65_HS1-834228961_62-HQ-83894_Section_5
Agency: FBI
Page 74
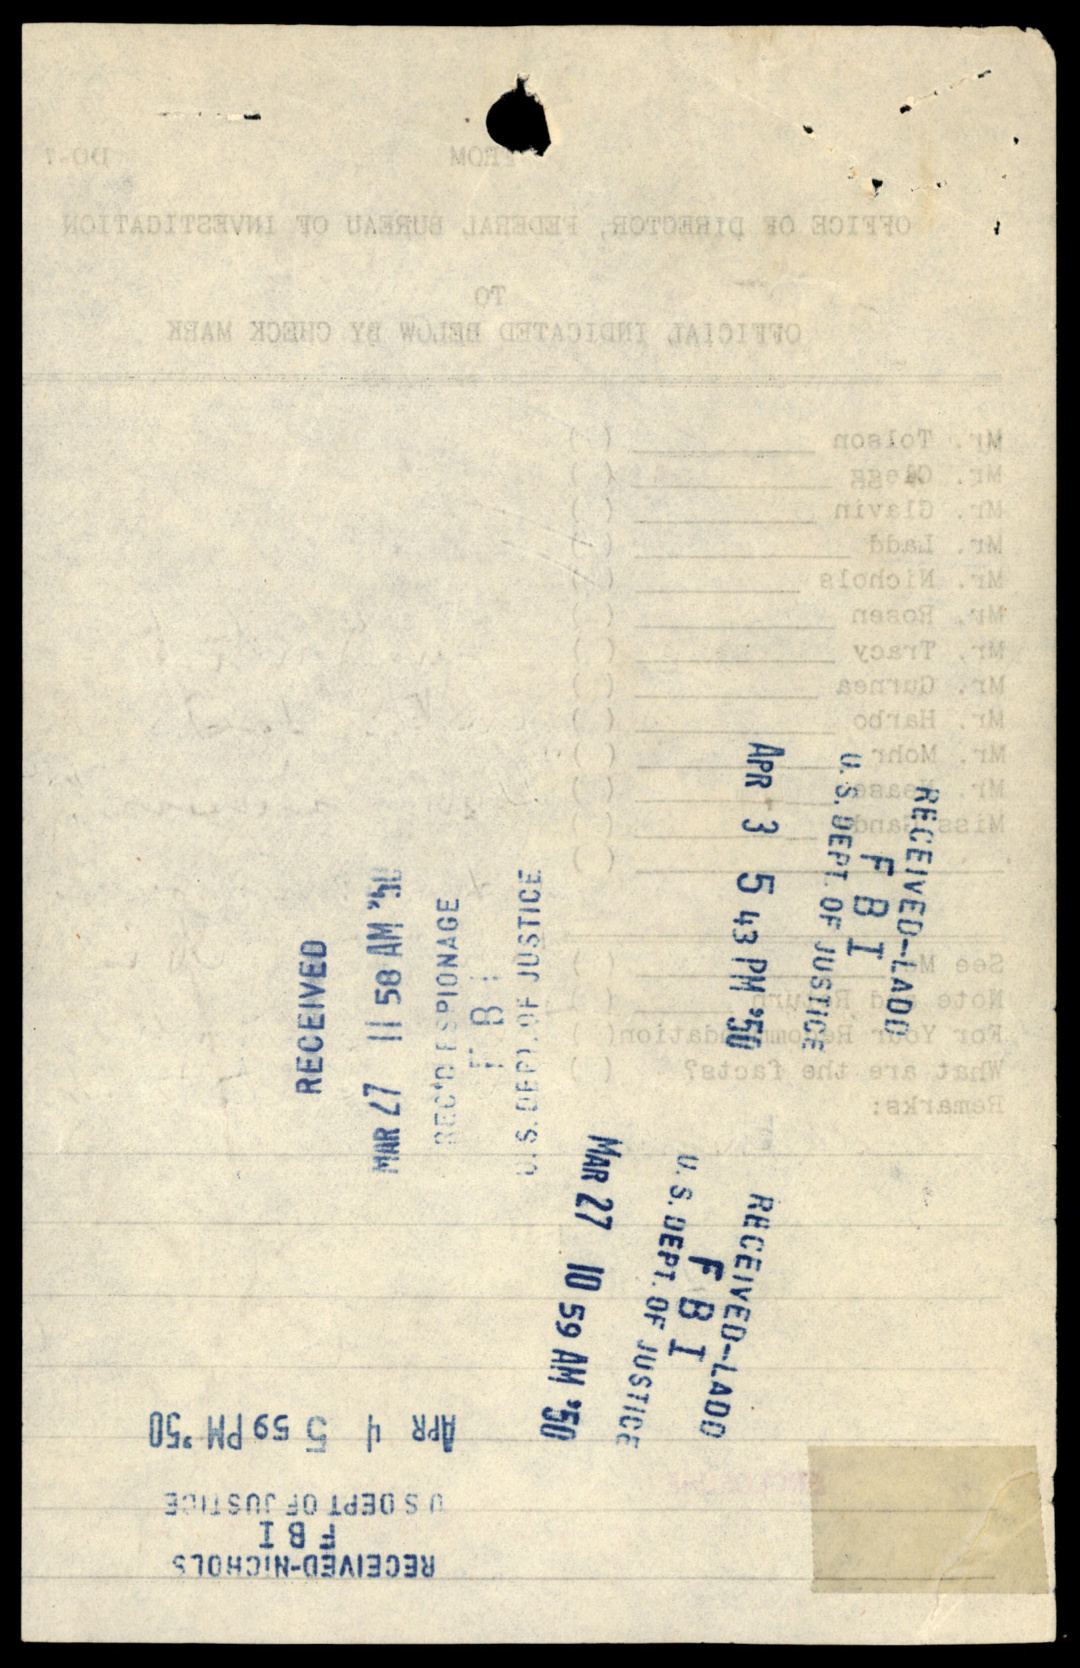